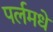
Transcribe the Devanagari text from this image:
पर्लमधे